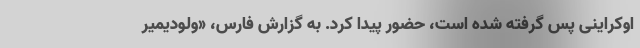
اوکراینی پس گرفته شده است، حضور پیدا کرد. به گزارش فارس، «ولودیمیر